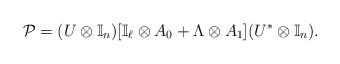
LaTeX: \begin{align*}\mathcal{P} = (U \otimes \mathbb{I}_n)[\mathbb{I}_\ell \otimes A_0 + \Lambda \otimes A_1](U^{*} \otimes \mathbb{I}_n).\end{align*}